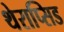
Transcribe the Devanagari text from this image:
थेराप्सिड